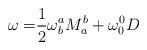
LaTeX: \begin{align*}\mathbf{\omega =}\frac{1}{2}\mathbf{\omega }_{b}^{a}M_{a}^{b}+\mathbf{\omega }_{0}^{0}D\end{align*}